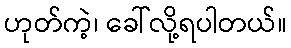
ဟုတ်ကဲ့၊ ခေါ်လို့ရပါတယ်။